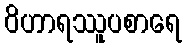
ဝိဟာရဿူပစာရေ